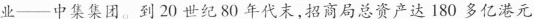
业——中集集团。到20世纪80年代末，招商局总资产达180多亿港元